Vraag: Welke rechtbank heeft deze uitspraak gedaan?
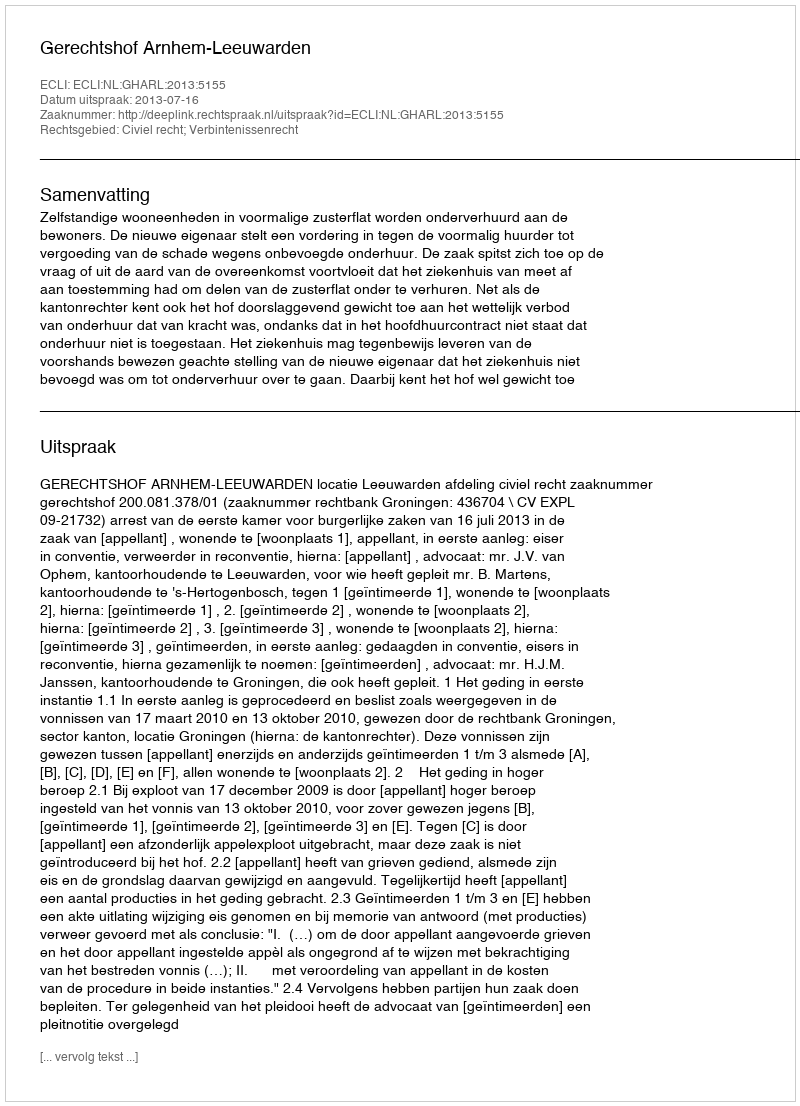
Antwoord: Gerechtshof Arnhem-Leeuwarden